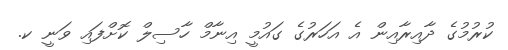
ކުރުމުގެ ދާއިރާއިން އެ އަހަރުގެ ގައުމީ އިނާމް ހާސިލް ކޮށްފައި ވަނީ ކ.